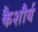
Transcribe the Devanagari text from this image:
कैशौर्य